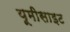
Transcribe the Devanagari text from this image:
यूमीसाइट